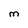
Character: M